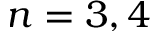
n = 3 , 4